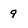
Character: 9